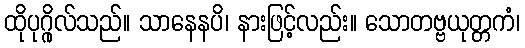
ထိုပုဂ္ဂိုလ်သည်။ သာနေနပိ၊ နားဖြင့်လည်း။ သောတဗ္ဗယုတ္တကံ၊